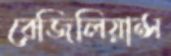
রেজিলিয়ান্স